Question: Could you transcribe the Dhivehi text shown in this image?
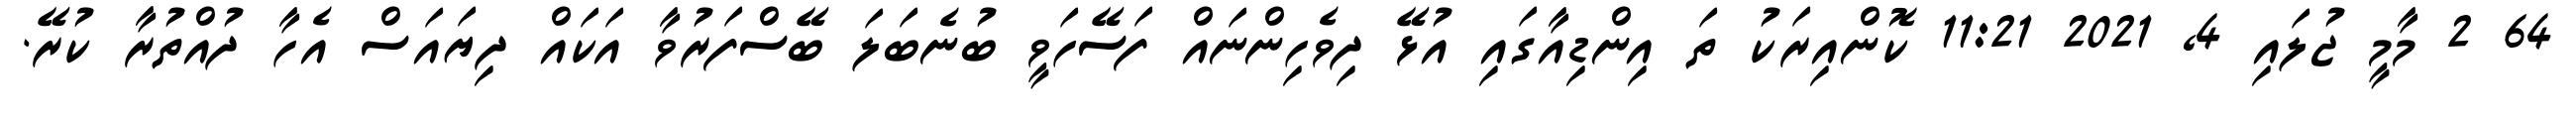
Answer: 64 2 މާމީ ޖުލައި 4, 2021 11:21 ކޮންއިރަކު ތަ އިންޑިއާގައި އުޅޭ ދިވެހިންނައް ފަސޭހަވީ ބުނެބަލަ ބޭސްފަރުވާ އަކައް ދިޔައަސް އެހާ ދުއްތުރާ ކުރޭ.